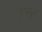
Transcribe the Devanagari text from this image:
इन्ह